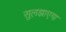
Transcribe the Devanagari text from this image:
सुलझाएगा